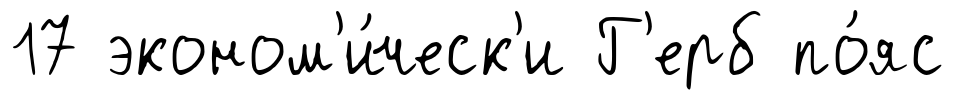
17 эконом'и́ческ'и Г'ерб по́яс